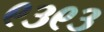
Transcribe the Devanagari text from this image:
९३९३